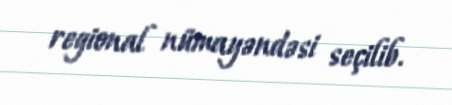
regional nümayəndəsi seçilib.